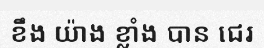
ខឹង យ៉ាង ខ្លាំង បាន ជេរ